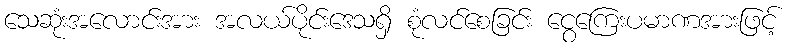
သေဆုံးအလောင်းအား အလယ်ပိုင်းဒေသရှိ စုံလင်စေခြင်း ငွေကြေးပမာဏအားဖြင့်